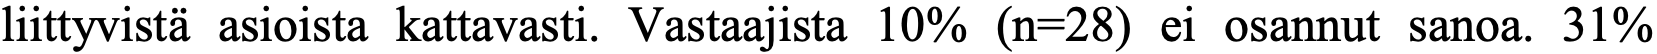
liittyvistä asioista kattavasti. Vastaajista 10% (n=28) ei osannut sanoa. 31%